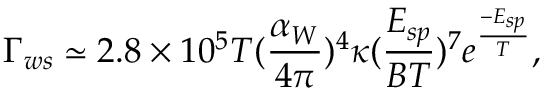
\Gamma _ { w s } \simeq 2 . 8 \times 1 0 ^ { 5 } T ( { \frac { \alpha _ { W } } { 4 \pi } } ) ^ { 4 } \kappa ( { \frac { E _ { s p } } { B T } } ) ^ { 7 } e ^ { \frac { - E _ { s p } } { T } } ,